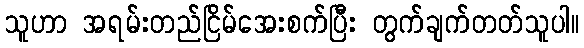
သူဟာ အရမ်းတည်ငြိမ်အေးစက်ပြီး တွက်ချက်တတ်သူပါ။